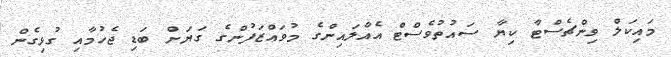
މައިކަލް ވިންޗެސްޓާ ކިޔާ ސައުތުވެސްޓް އެއާލައިންގެ މުވައްޒަފުންގެ ގަޔަށް ބަޑި ޖެހުމާއި ގުޅިގެން